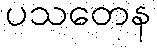
ပသတေန